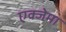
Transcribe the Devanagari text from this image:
एक्जेमा